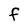
Character: F